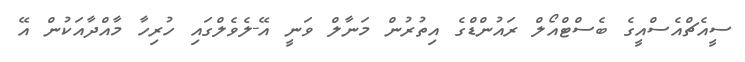
ސީއެޗްއެސްއީގެ ބެސްޓްއޯލް ރައުންޑްގެ އިތުރުން މަނާލް ވަނީ އޭ-ލެވެލްގައި ހުރިހާ މާއްދާއަކުން އޭ